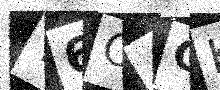
Text: Y6O4CK